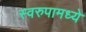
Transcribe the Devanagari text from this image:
स्वरुपामध्ये